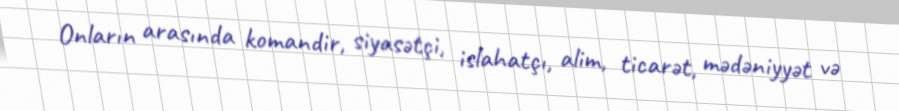
Onların arasında komandir, siyasətçi, islahatçı, alim, ticarət, mədəniyyət və